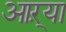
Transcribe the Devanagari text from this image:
आऱ्या